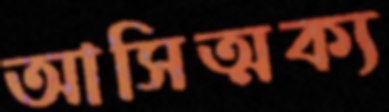
আসিত্মক্য